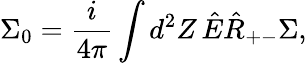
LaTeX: \Sigma_{0}=\frac{i}{4\pi}\int d^{2}Z\, \hat{E}\hat{R}_{+-}\Sigma,